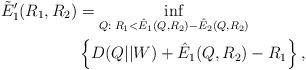
LaTeX: \begin{align*}\tilde E_1'(R_1,R_2)&=\inf_{Q:\;R_1<\hat{E}_1(Q,R_2)-\hat{E}_2(Q,R_2)}\\&\left\{D(Q||W)+\hat{E}_1(Q,R_2)-R_1\right\},\end{align*}